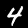
Digit: 4